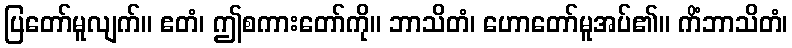
ပြတော်မူလျက်။ ဧတံ၊ ဤစကားတော်ကို။ ဘာသိတံ၊ ဟောတော်မူအပ်၏။ ကိံဘာသိတံ၊